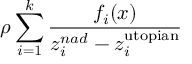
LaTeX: \rho \sum _ { i = 1 } ^ { k } { \frac { f _ { i } ( x ) } { z _ { i } ^ { n a d } - z _ { i } ^ { \mathrm { u t o p i a n } } } }